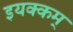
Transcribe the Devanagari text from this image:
इयक्कम्